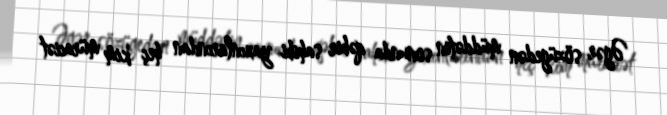
Əgər sözügedən müddətin sonunda qəbir sahibi yaxınlarından heç kim müraciət